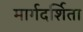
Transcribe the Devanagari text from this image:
मार्गदर्शिता